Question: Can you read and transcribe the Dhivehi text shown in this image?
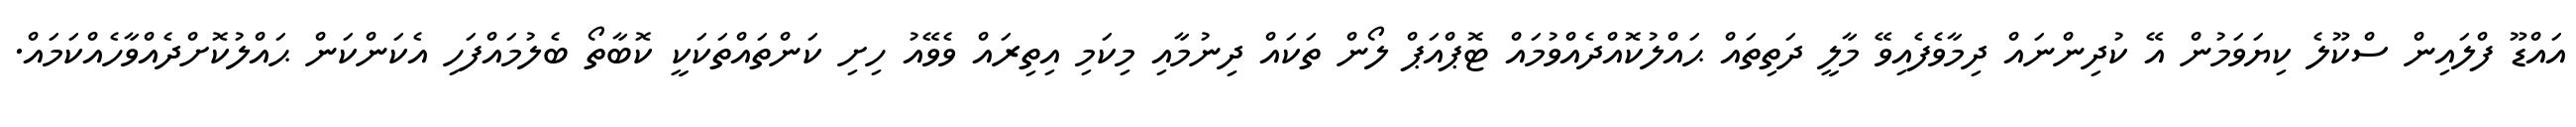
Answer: އައްޑޫ ފްލައިން ސްކޫލެ ކިޔަވަމުން އޭ ކުދިންނައް ދިމާވެފެއިވޭ މާލީ ދަތިތައް ޙައްލުކޮއްދެއްވުމައް ޓޮޕްއަޕް ލޯން ތަކައް ދިނުމާއި މިކަމި އިތިރައް ވެވޭއު ހިށި ކަންތައްތަކަކީ ކޮބާތޯ ބެލުމައްފަހި އެކަންކަން ޙައްލުކޮށްދެއްވާހެއްކަމައް.